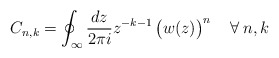
\begin{align*} C_{n,k} = \oint_\infty \frac{d z}{2\pi i} z^{-k-1} \left(\strut w(z)\right)^n\quad \forall\:n,k\end{align*}